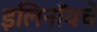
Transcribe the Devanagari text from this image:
इलिनॉयचे